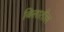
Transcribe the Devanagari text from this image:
बिलातील